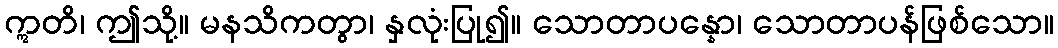
ဣတိ၊ ဤသို့။ မနသိကတွာ၊ နှလုံးပြု၍။ သောတာပန္နော၊ သောတာပန်ဖြစ်သော။